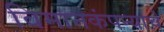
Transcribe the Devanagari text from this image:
विमानकंपन्याचे